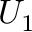
U _ { 1 }